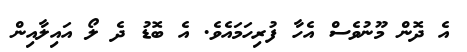
އެ ދޮން މޫނުވެސް އެހާ ފުރިހަމައެވެ. އެ ބޮޑު ދެ ލޯ އައިލާއިން